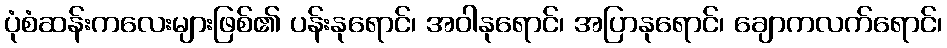
ပုံစံဆန်းကလေးများဖြစ်၏ ပန်းနုရောင်၊ အဝါနုရောင်၊ အပြာနုရောင်၊ ချောကလက်ရောင်၊